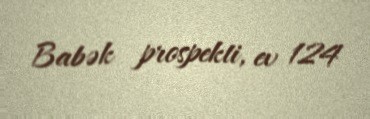
Babək prospekti, ev 124